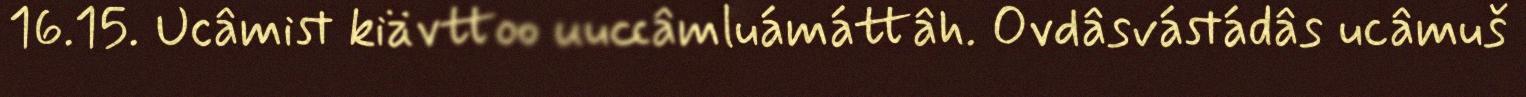
16.15. Ucâmist kiävttoo uuccâmluámáttâh. Ovdâsvástádâs ucâmuš